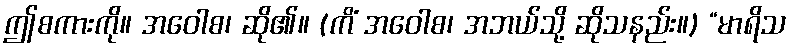
ဤစကားကို။ အဝေါစ၊ ဆို၏။ (ကိံ အဝေါစ၊ အဘယ်သို့ ဆိုသနည်း။) “မာရိသ